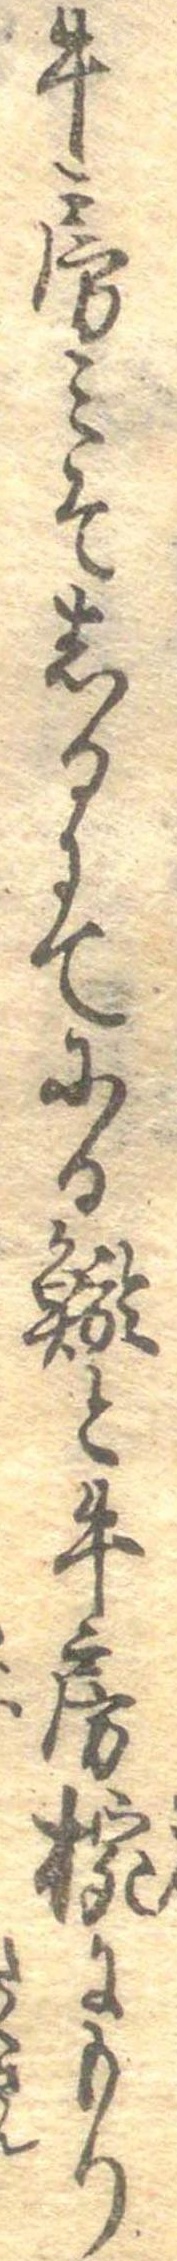
牛房みそしるにてにる鯲と牛房椀にもり